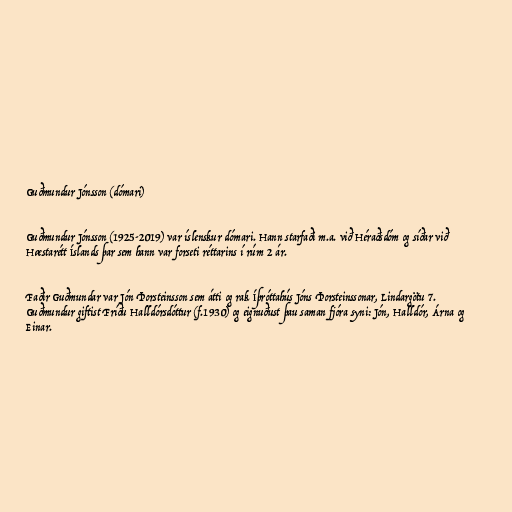
Guðmundur Jónsson (dómari)

Guðmundur Jónsson (1925-2019) var íslenskur dómari. Hann starfaði m.a. við Héraðsdóm og síðar við
Hæstarétt Íslands þar sem hann var forseti réttarins í rúm 2 ár.

Faðir Guðmundar var Jón Þorsteinsson sem átti og rak Íþróttahús Jóns Þorsteinssonar, Lindargötu 7.
Guðmundur giftist Fríðu Halldórsdóttur (f.1930) og eignuðust þau saman fjóra syni: Jón, Halldór, Árna og
Einar.